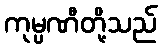
ကုမ္ပဏီတို့သည်